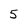
Character: 5